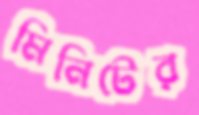
মিনিটের